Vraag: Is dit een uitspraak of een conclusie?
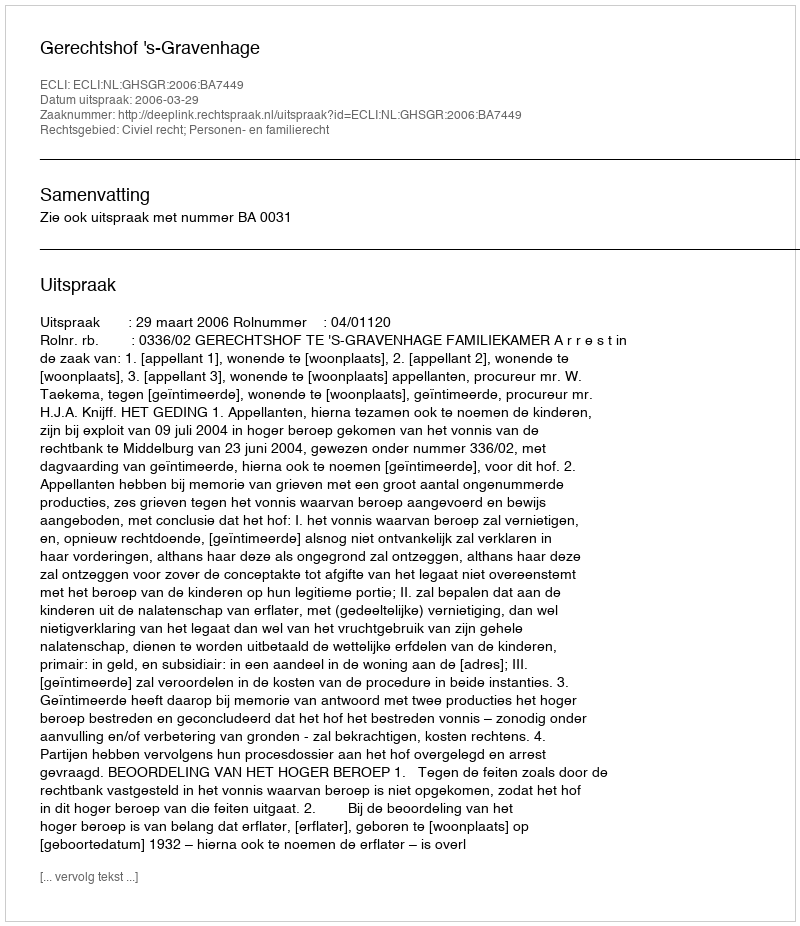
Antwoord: Uitspraak